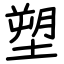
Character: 塑